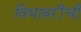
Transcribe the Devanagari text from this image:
विभावरींची